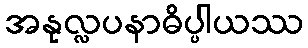
အနုလ္လပနာဓိပ္ပါယဿ